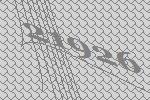
21926